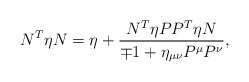
\begin{align*} N^T\eta N=\eta+\frac{N^T\eta PP^T\eta N}{\mp1+\eta_{\mu\nu}P^\mu P^\nu}, \end{align*}